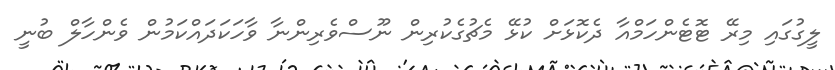
ލީގުގައި މިރޭ ޓޮޓެންހަމްއާ ދެކޮޅަށް ކުޅޭ މެޗުގެކުރިން ނޫސްވެރިންނާ ވާހަކަދައްކަމުން ވެންހާލް ބުނީ